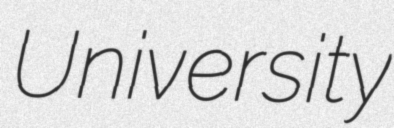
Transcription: University